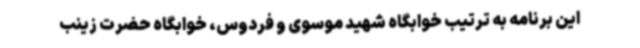
این برنامه به ترتیب خوابگاه شهید موسوی و فردوس، خوابگاه حضرت زینب